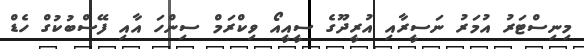
މިނިސްޓަރު އުމަރު ނަސީރާއި އުރީދޫގެ ސީއީއޯ ވިކްރަމް ސިންހަ އާއި ފޭސްބުކުގް ހެޑް